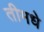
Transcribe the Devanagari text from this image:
तीमधे